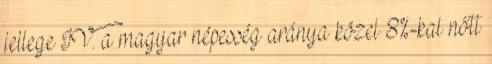
jellege IV. a magyar népesség aránya közel 8%-kal nőtt